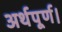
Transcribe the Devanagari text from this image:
अर्थपूर्ण।